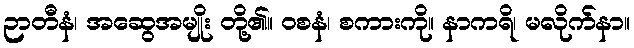
ဉာတီနံ၊ အဆွေအမျိုး တို့၏။ ဝစနံ၊ စကားကို။ နာကရိ၊ မလိုက်နာ။